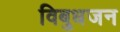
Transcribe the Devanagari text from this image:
विबुधजन